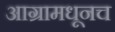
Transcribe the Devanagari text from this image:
आग्रामधूनच